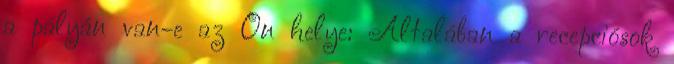
a pályán van-e az Ön helye: Általában a recepciósok